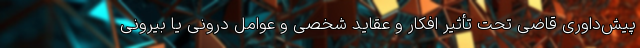
پیش‌داوری قاضی تحت تأثیر افکار و عقاید شخصی و عوامل درونی یا بیرونی